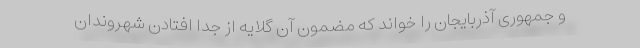
و جمهوری آذربایجان را خواند که مضمون آن گلایه از جدا افتادن شهروندان